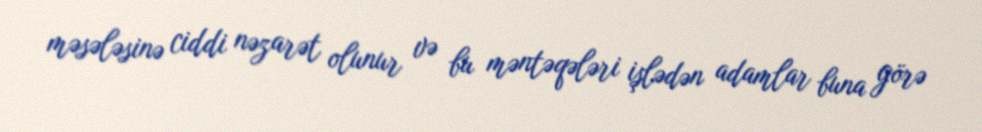
məsələsinə ciddi nəzarət olunur və bu məntəqələri işlədən adamlar buna görə